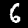
Label: 6